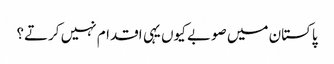
پاکستان میں صوبے کیوں یہی اقدام نہیں کرتے؟